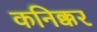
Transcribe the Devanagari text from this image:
कनिक्कर